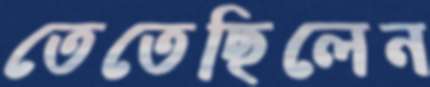
তেতেছিলেন